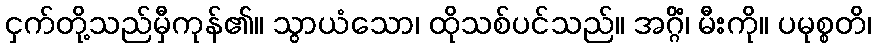
ငှက်တို့သည်မှီကုန်၏။ သွာယံသော၊ ထိုသစ်ပင်သည်။ အဂ္ဂိံ၊ မီးကို။ ပမုစ္စတိ၊